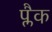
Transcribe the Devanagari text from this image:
प्लैक